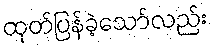
ထုတ်ပြန်ခဲ့သော်လည်း